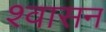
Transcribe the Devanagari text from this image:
श्वासन